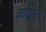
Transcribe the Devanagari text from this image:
उडदाचे